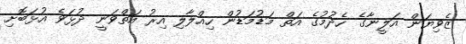
ޒެވިޔަން އަލީނާގެ ހެދުމުގެ އަތް މަޑުމަޑުން ހިއްލާލި އިރު އަތްވަނީ ދުޅަވެ އުޅަބޮށި